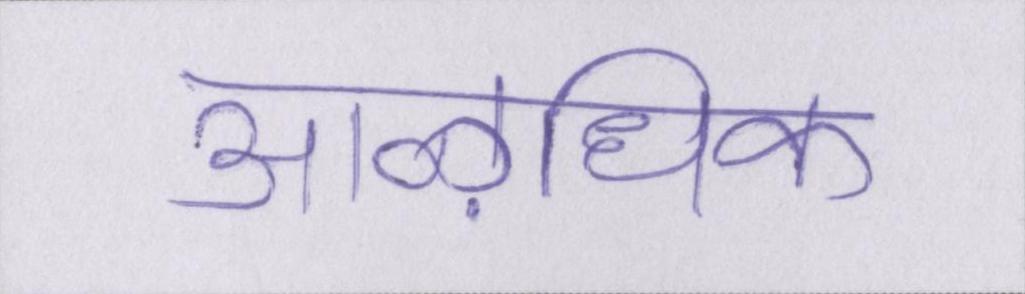
आऴधिक